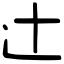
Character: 辻